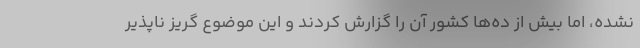
نشده، اما بیش از ده‌ها کشور آن را گزارش کردند و این موضوع گریز ناپذیر